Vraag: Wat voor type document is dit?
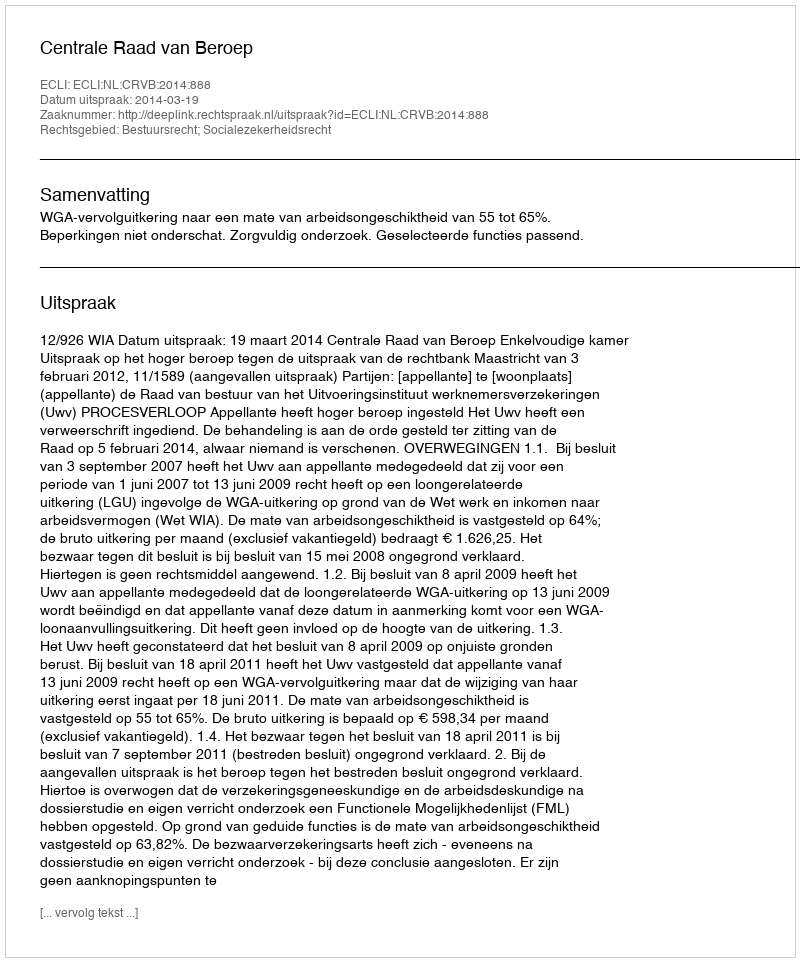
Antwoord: Uitspraak